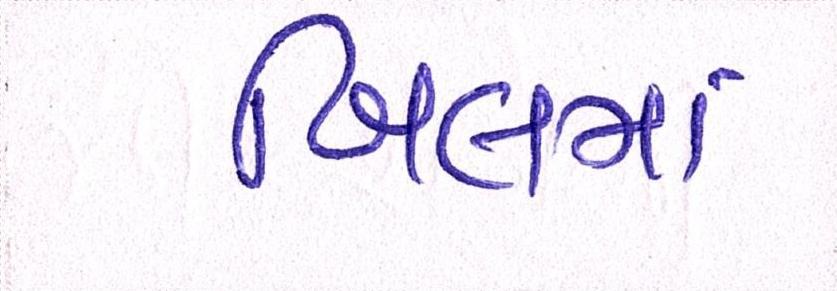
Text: બિલમાં